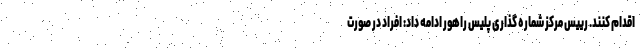
اقدام کنند. رییس مرکز شماره گذاری پلیس راهور ادامه داد: افراد در صورت